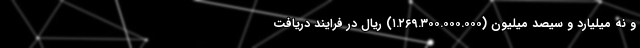
و نه میلیارد و سیصد میلیون (۱.۲۶۹.۳۰۰.۰۰۰.۰۰۰) ریال در فرایند دریافت